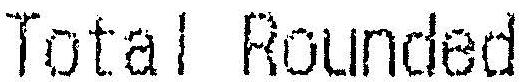
TOTAL ROUNDED